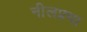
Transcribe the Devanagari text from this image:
नीलप्रभा